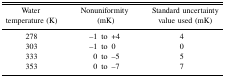
<table><thead><tr><td><b>Water temperature (K)</b></td><td><b>Nonuniformity (mK)</b></td><td><b>Standard uncertainty value used (mK)</b></td></tr></thead><tbody><tr><td>278</td><td>−1 to +4</td><td>4</td></tr><tr><td>303</td><td>−1 to 0</td><td>0</td></tr><tr><td>333</td><td>0 to −5</td><td>5</td></tr><tr><td>353</td><td>0 to −7</td><td>7</td></tr></tbody></table>